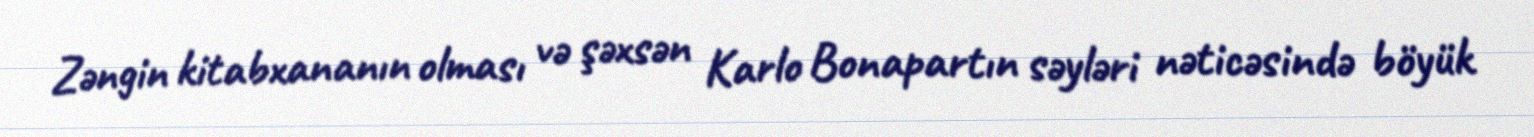
Zəngin kitabxananın olması və şəxsən Karlo Bonapartın səyləri nəticəsində böyük